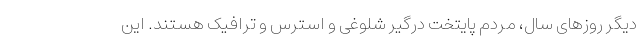
دیگر روزهای سال، مردم پایتخت درگیر شلوغی و استرس و ترافیک هستند. این